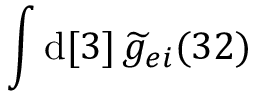
\int \mathrm { d } [ 3 ] \, \widetilde { g } _ { e i } ( 3 2 )